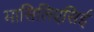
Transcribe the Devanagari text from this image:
मासिलिएसिई